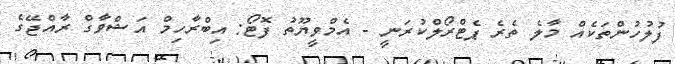
ފުލުހުންތަކެއް މާލެ ތެރެ ޕެޓްރޯލްކުރަނީ - އެމްވީޔޫތު ފޮޓޯ: އިބްރާހިމް އަޝްވާގް ރާއްޖޭގެ